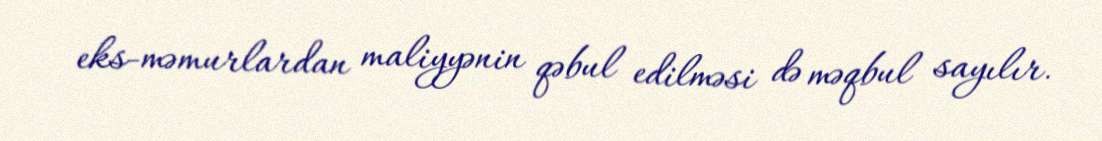
eks-məmurlardan maliyyənin qəbul edilməsi də məqbul sayılır.